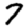
Digit: 7